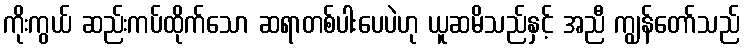
ကိုးကွယ် ဆည်းကပ်ထိုက်သော ဆရာတစ်ပါးပေပဲဟု ယူဆမိသည်နှင့် အညီ ကျွန်တော်သည်